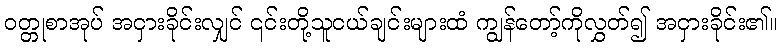
ဝတ္တုစာအုပ် အငှားခိုင်းလျှင် ၎င်းတို့သူငယ်ချင်းများထံ ကျွန်တော့်ကိုလွှတ်၍ အငှားခိုင်း၏။